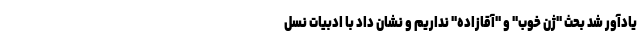
یادآور شد بحث "ژن خوب" و "آقازاده" نداریم و نشان داد با ادبیات نسل